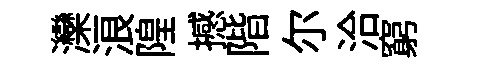
灤浪隍撼階尓洽窮